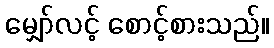
မျှော်လင့် စောင့်စားသည်။